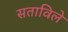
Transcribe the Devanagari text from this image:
सताविले